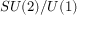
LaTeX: S U ( 2 ) / U ( 1 )